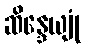
ဆိန္ဒေယျုံ